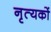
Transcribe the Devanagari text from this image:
नृत्यकों